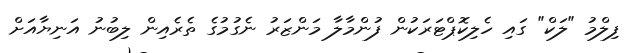
ފިލްމު "ލަކް" ގައި ހެލިކޮޕްޓަރަކުން ފުންމާލާ މަންޒަރު ނެގުމުގެ ތެރެއިން ލިބުނު އަނިޔާއަށް